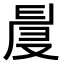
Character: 𠭙